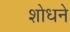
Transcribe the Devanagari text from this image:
शोधने